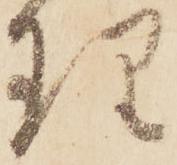
理